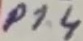
Text: P1.4